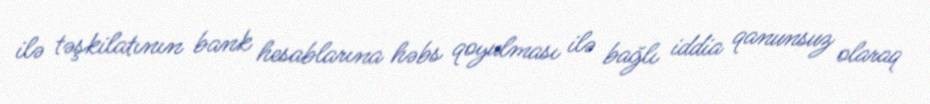
ilə təşkilatının bank hesablarına həbs qoyulması ilə bağlı iddia qanunsuz olaraq